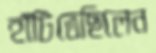
হাঁটিতেছিলেন